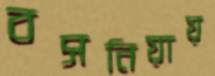
বসনিয়ায়